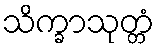
သိက္ခာသုတ္တံ